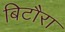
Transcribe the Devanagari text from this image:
बिटौरा